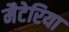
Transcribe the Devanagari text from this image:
मैटेरिया